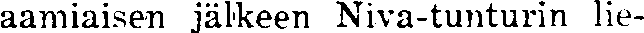
aamiaisen jälkeen Niva-tunturin lie-